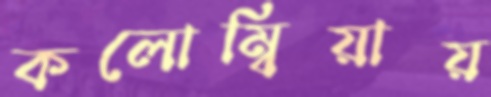
কলোম্বিয়ায়